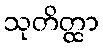
သုတိတ္ထာ